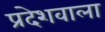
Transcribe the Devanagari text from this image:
प्रदेशवाला